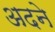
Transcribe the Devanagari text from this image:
अदने